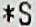
*S